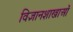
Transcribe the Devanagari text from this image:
विज्ञानशाखाओं